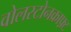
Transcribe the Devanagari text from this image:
वोलस्टोनक्राफ़्ट